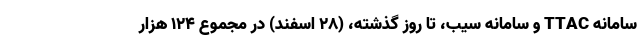
سامانه TTAC و سامانه سیب، تا روز گذشته، (۲۸ اسفند) در مجموع ۱۲۴ هزار